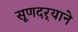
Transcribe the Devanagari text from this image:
सूणदर्‍याने